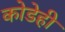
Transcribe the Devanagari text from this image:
कोडेही